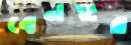
বেনহুর